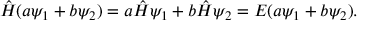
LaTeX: { \hat { H } } ( a \psi _ { 1 } + b \psi _ { 2 } ) = a { \hat { H } } \psi _ { 1 } + b { \hat { H } } \psi _ { 2 } = E ( a \psi _ { 1 } + b \psi _ { 2 } ) .